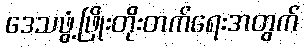
ဒေသဖွံ့ဖြိုးတိုးတက်ရေးအတွက်